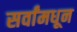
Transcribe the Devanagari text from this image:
सर्वांमधून